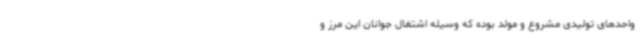
واحدهای تولیدی مشروع و مولد بوده که وسیله اشتغال جوانان این مرز و